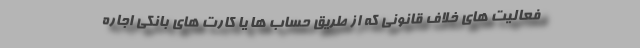
فعالیت های خلاف قانونی که از طریق حساب ها یا کارت های بانکی اجاره